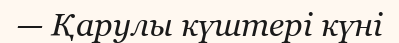
— Қарулы күштері күні